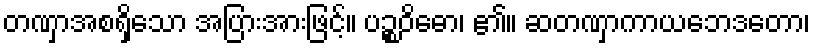
တဏှာအစရှိသော အပြားအားဖြင့်။ ပဉ္စဝိဓော၊ ၏။ ဆတဏှာကာယဘေဒတော၊